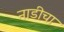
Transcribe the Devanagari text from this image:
नाडीचा